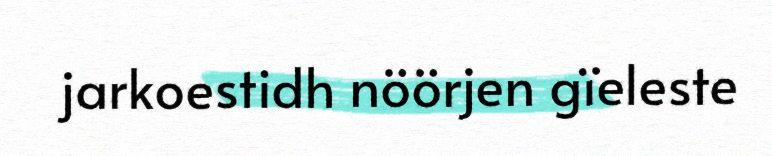
jarkoestidh nöörjen gïeleste